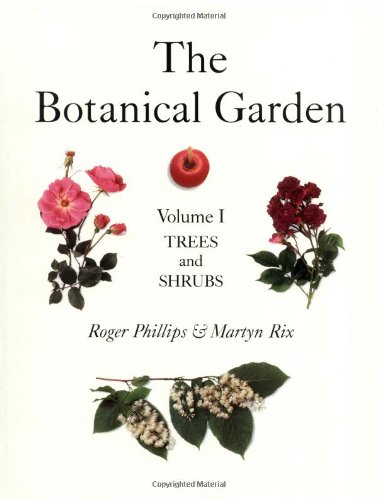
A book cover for The Botanical Garden, Vol. 1: Trees and Shrubs; Roger Phillips; Crafts, Hobbies & Home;